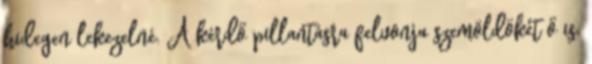
hidegen lekezelné. A kérdő pillantásra felvonja szemöldökét ő is.